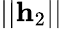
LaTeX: ||\mathbf{h}_{2}||